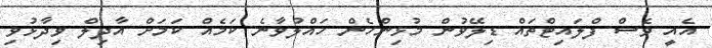
އެއީ ވެސް ފްލައިޓްތައް ޑިލޭވުން މުޅިންހެން ހައްލުވާނެ ކަމެއް ކަމަށް އާދިލް ވިދާޅުވި